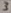
Text: 3